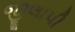
જીલાપી